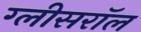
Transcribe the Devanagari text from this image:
ग्लीसरॉल